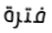
فترة